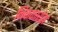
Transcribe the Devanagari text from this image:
निकफारोस